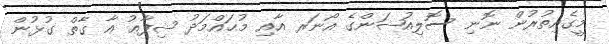
މީގެއިތުރުން ނޮނި ސޮލިއުޝަންގެ އޯނަރ އާއި މުޙައްމަދު ޝިފާޢު އާ ގާތް ގުޅުން